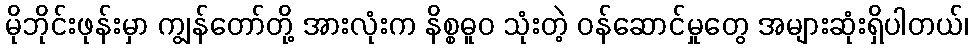
မိုဘိုင်းဖုန်းမှာ ကျွန်တော်တို့ အားလုံးက နိစ္စဓူဝ သုံးတဲ့ ဝန်ဆောင်မှုတွေ အများဆုံးရှိပါတယ်၊